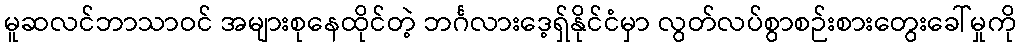
မူဆလင်ဘာသာဝင် အများစုနေထိုင်တဲ့ ဘင်္ဂလားဒေ့ရှ်နိုင်ငံမှာ လွတ်လပ်စွာစဉ်းစားတွေးခေါ်မှုကို